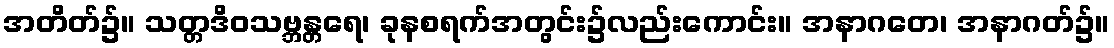
အတိတ်၌။ သတ္တဒိဝသဗ္ဘန္တရေ၊ ခုနစရက်အတွင်း၌လည်းကောင်း။ အနာဂတေ၊ အနာဂတ်၌။